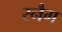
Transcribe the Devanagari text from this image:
स्नैग